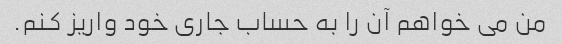
من می خواهم آن را به حساب جاری خود واریز کنم.